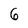
Character: 6